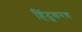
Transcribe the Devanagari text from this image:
हिंदुकरण